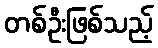
တစ်ဦးဖြစ်သည့်